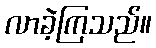
လာခဲ့ကြသည်။